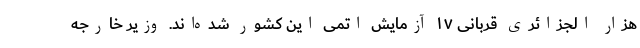
هزار الجزائری قربانی ۱۷ آزمایش اتمی این کشور شده‌اند. وزیر خارجه